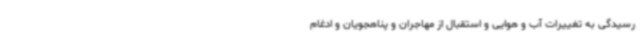
رسیدگی به تغییرات آب و هوایی و استقبال از مهاجران و پناهجویان و ادغام